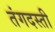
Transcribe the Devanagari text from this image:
तंगदस्ती